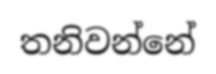
තනිවන්නේ